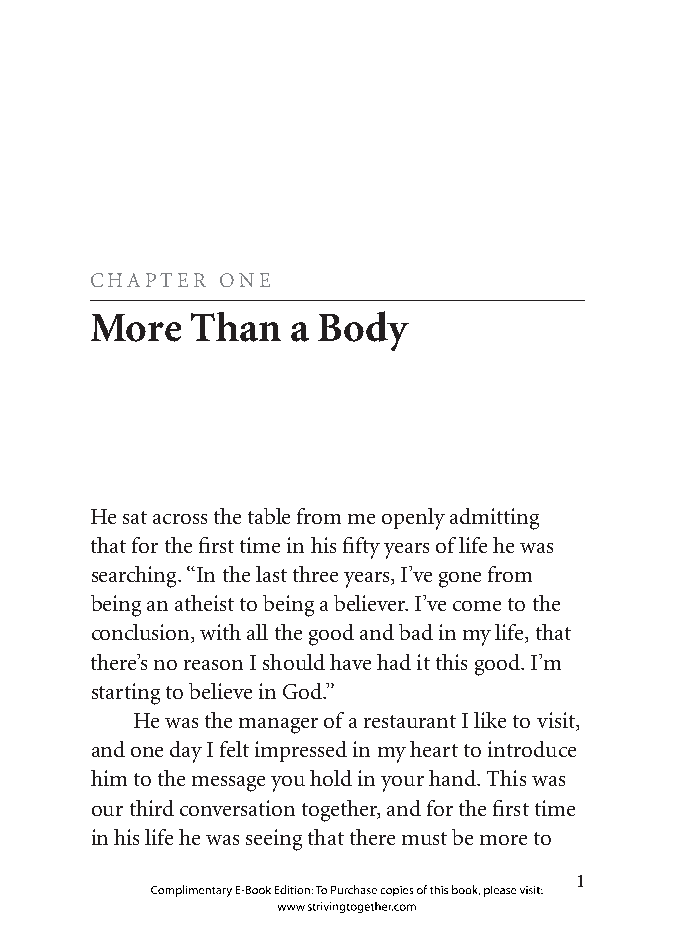
CHAPTER  ONE
 More   Than  a Body
 He sat across the table from me openly admitting
 that for the first time in his fifty years of life he was
 searching. “In the last three years, I’ve gone from
 being an atheist to being a believer. I’ve come to the
 conclusion, with all the good and bad in my life, that
 there’s no reason I should have had it this good. I’m
 starting to believe in God.”
 He was the manager of a restaurant I like to visit,
 and one day I felt impressed in my heart to introduce
 him to the message you hold in your hand. This was
 our third conversation together, and for the first time
 in his life he was seeing that there must be more to
 
 Complimentary E-Book Edition: To Purchase copies of this book, please visit:
 www.strivingtogether.com